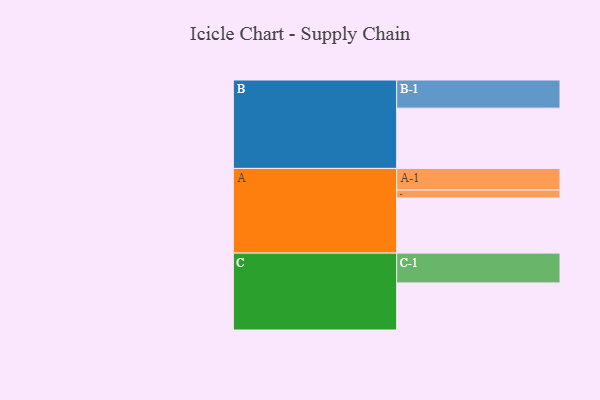
{"axis": {"x": "Segment", "y": "Value"}, "legend": ["", "A", "B", "C"], "data": [{"x": "A", "y": 402, "type": ""}, {"x": "B", "y": 439, "type": ""}, {"x": "C", "y": 343, "type": ""}, {"x": "A-1", "y": 158, "type": "A"}, {"x": "A-2", "y": 57, "type": "A"}, {"x": "B-1", "y": 205, "type": "B"}, {"x": "C-1", "y": 217, "type": "C"}]}